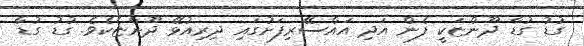
ގުޑު ގުޑާ ދޫންޏަކީ ފެން އަދި އައްސޭރިފަށުގައި ދިރިއުޅޭ ދޫންޏެކެވެ. ގުޑު ގުޑާ